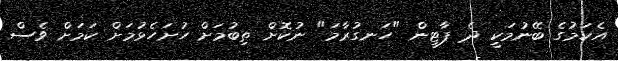
އެކަމުގެ ބޭނުމަކީ ދެ ޕާޓީން "ހަނގުރާމަ" ނުކޮށް ތިބުމަށް ހުށަހެޅުމަށް ކަމަށް ވެސް